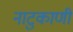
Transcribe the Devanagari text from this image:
नाटुकाणी